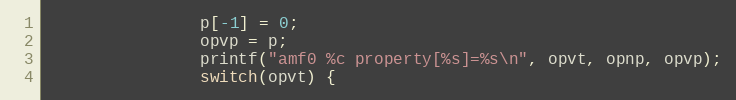
Language: C
                p[-1] = 0;
                opvp = p;
                printf("amf0 %c property[%s]=%s\n", opvt, opnp, opvp);
                switch(opvt) {